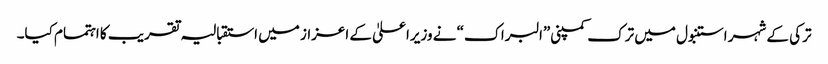
ترکی کے شہر استنبول میں ترک کمپنی”البراک“ نے وزیراعلیٰ کے اعزاز میں استقبالیہ تقریب کا اہتمام کیا۔